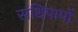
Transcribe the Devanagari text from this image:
संधिपापों